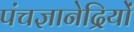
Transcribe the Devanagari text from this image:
पंचज्ञानेद्रियों